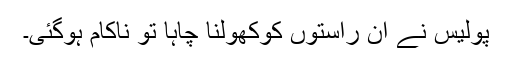
پولیس نے ان راستوں کوکھولنا چاہا تو ناکام ہوگئی۔